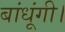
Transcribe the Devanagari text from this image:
बांधूंगी।